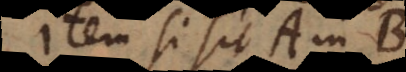
Item si sit A in B